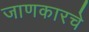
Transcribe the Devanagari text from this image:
जाणकारचे